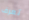
تعرف